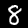
Digit: 8